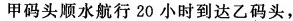
甲码头顺水航行 20 小时到达乙码头，